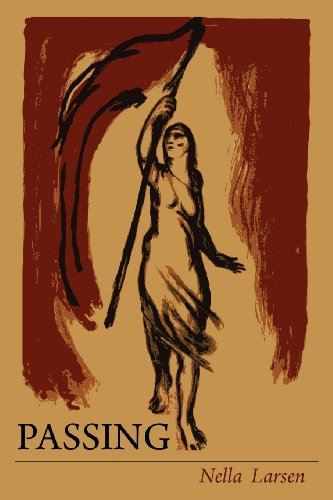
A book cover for Passing; Nella Larsen; Literature & Fiction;